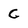
Character: C